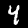
Label: 4